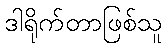
ဒါရိုက်တာဖြစ်သူ